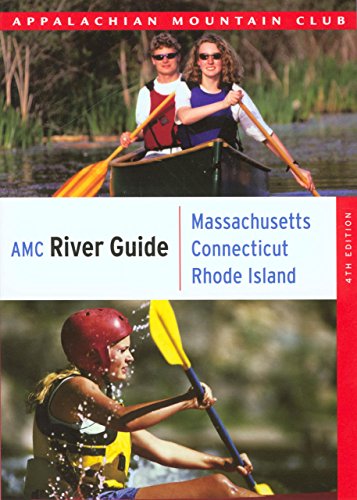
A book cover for AMC River Guide Massachusetts/Connecticut/Rhode Island: A Comprehensive Guide To Flatwater, Quickwater And Whitewater (AMC River Guide Series); Appalachian Mountain Club Books; Travel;